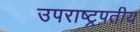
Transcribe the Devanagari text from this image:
उपराष्ट्रपतीय